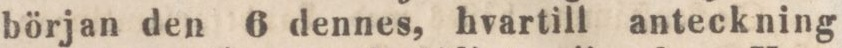
början den 6 dennes, hvartill anteckning